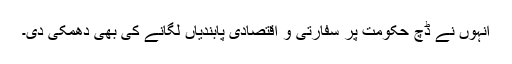
انہوں نے ڈچ حکومت پر سفارتی و اقتصادی پابندیاں لگانے کی بھی دھمکی دی۔